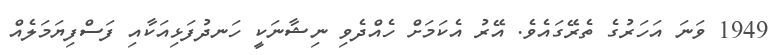
1949 ވަނަ އަހަރުގެ ތެރޭގައެވެ. އޭރު އެކަމަށް ހެއްދެވި ނިޝާނަކީ ހަނދުފަޅިއަކާއި ފަސްފިޔަމަލެއް